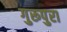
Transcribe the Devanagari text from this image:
गुरूपुरा